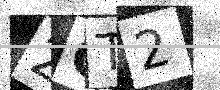
Text: 2QT2